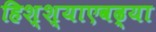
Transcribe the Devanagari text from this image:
हिश्श्याएवढ्या